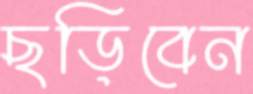
ছড়িবেন